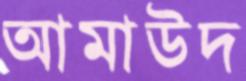
আমাউদ